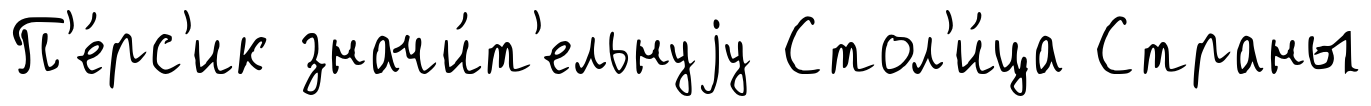
П'е́рс'ик значи́т'ельнуjу Стол'и́ца Страны